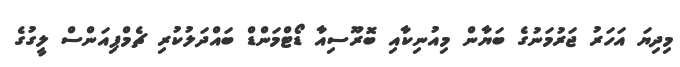
މިދިޔަ އަހަރު ޖަރުމަނުގެ ބަޔާން މިއުނިކާއި ބޮރޫސިއާ ޑޯޓްމަންޑް ބައްދަލުކުރި ޗެމްޕިއަންސް ލީގުގެ